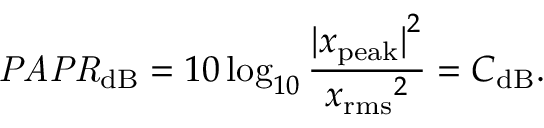
{ \mathit { P A P R } } _ { \mathrm { d B } } = 1 0 \log _ { 1 0 } { \frac { { | x _ { \mathrm { p e a k } } | } ^ { 2 } } { { x _ { \mathrm { r m s } } } ^ { 2 } } } = C _ { \mathrm { d B } } .